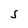
Character: S